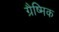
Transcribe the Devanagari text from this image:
ग्रैष्मिक